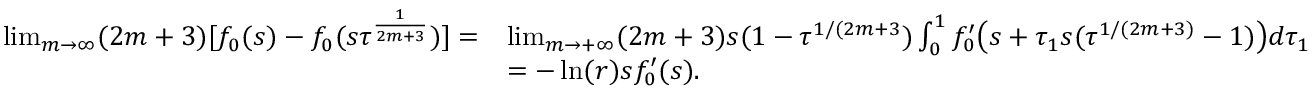
\begin{array} { r l } { \operatorname* { l i m } _ { m \rightarrow \infty } ( 2 m + 3 ) [ f _ { 0 } ( s ) - f _ { 0 } ( s \tau ^ { \frac { 1 } { 2 m + 3 } } ) ] = } & { \operatorname* { l i m } _ { m \rightarrow + \infty } ( 2 m + 3 ) s ( 1 - \tau ^ { 1 / ( 2 m + 3 } ) \int _ { 0 } ^ { 1 } f _ { 0 } ^ { \prime } \big ( s + \tau _ { 1 } s ( \tau ^ { 1 / ( 2 m + 3 ) } - 1 ) \big ) d \tau _ { 1 } } \\ & { = - \ln ( r ) s f _ { 0 } ^ { \prime } ( s ) . } \end{array}